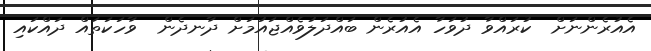
އެއުރެންނަށް  ކުރައްވާ ދުވަހާ އެއުރެން ބައްދަލުވެއްޖައުމަށް ދާނދެން  ވާހަކަތައް ދައްކައި